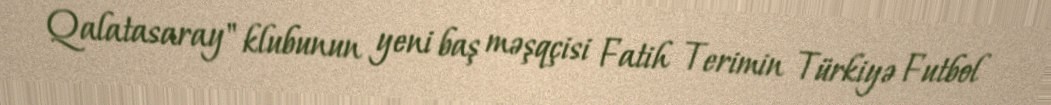
Qalatasaray" klubunun yeni baş məşqçisi Fatih Terimin Türkiyə Futbol